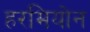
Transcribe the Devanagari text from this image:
हरमियोन